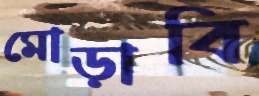
মোড়াবি